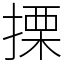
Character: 搮